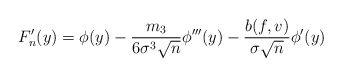
\begin{align*}F_n'(y) = \phi(y) - \frac{ m_3 }{ 6 \sigma^3 \sqrt{n}} \phi'''(y) - \frac{ b(f, v) }{ \sigma \sqrt{n} } \phi'(y)\end{align*}